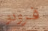
فرودو